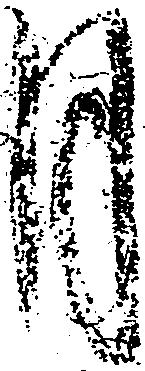
月